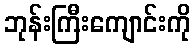
ဘုန်းကြီးကျောင်းကို